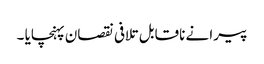
پیرا نے ناقابل تلافی نقصان پہنچایا ۔